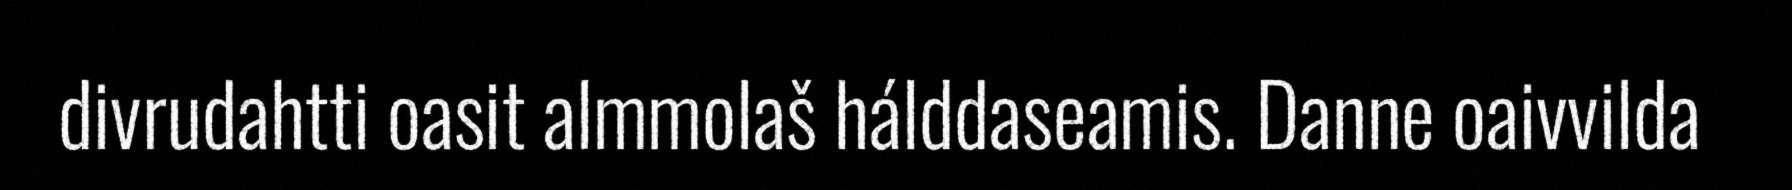
divrudahtti oasit almmolaš hálddaseamis. Danne oaivvilda